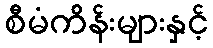
စီမံကိန်းများနှင့်